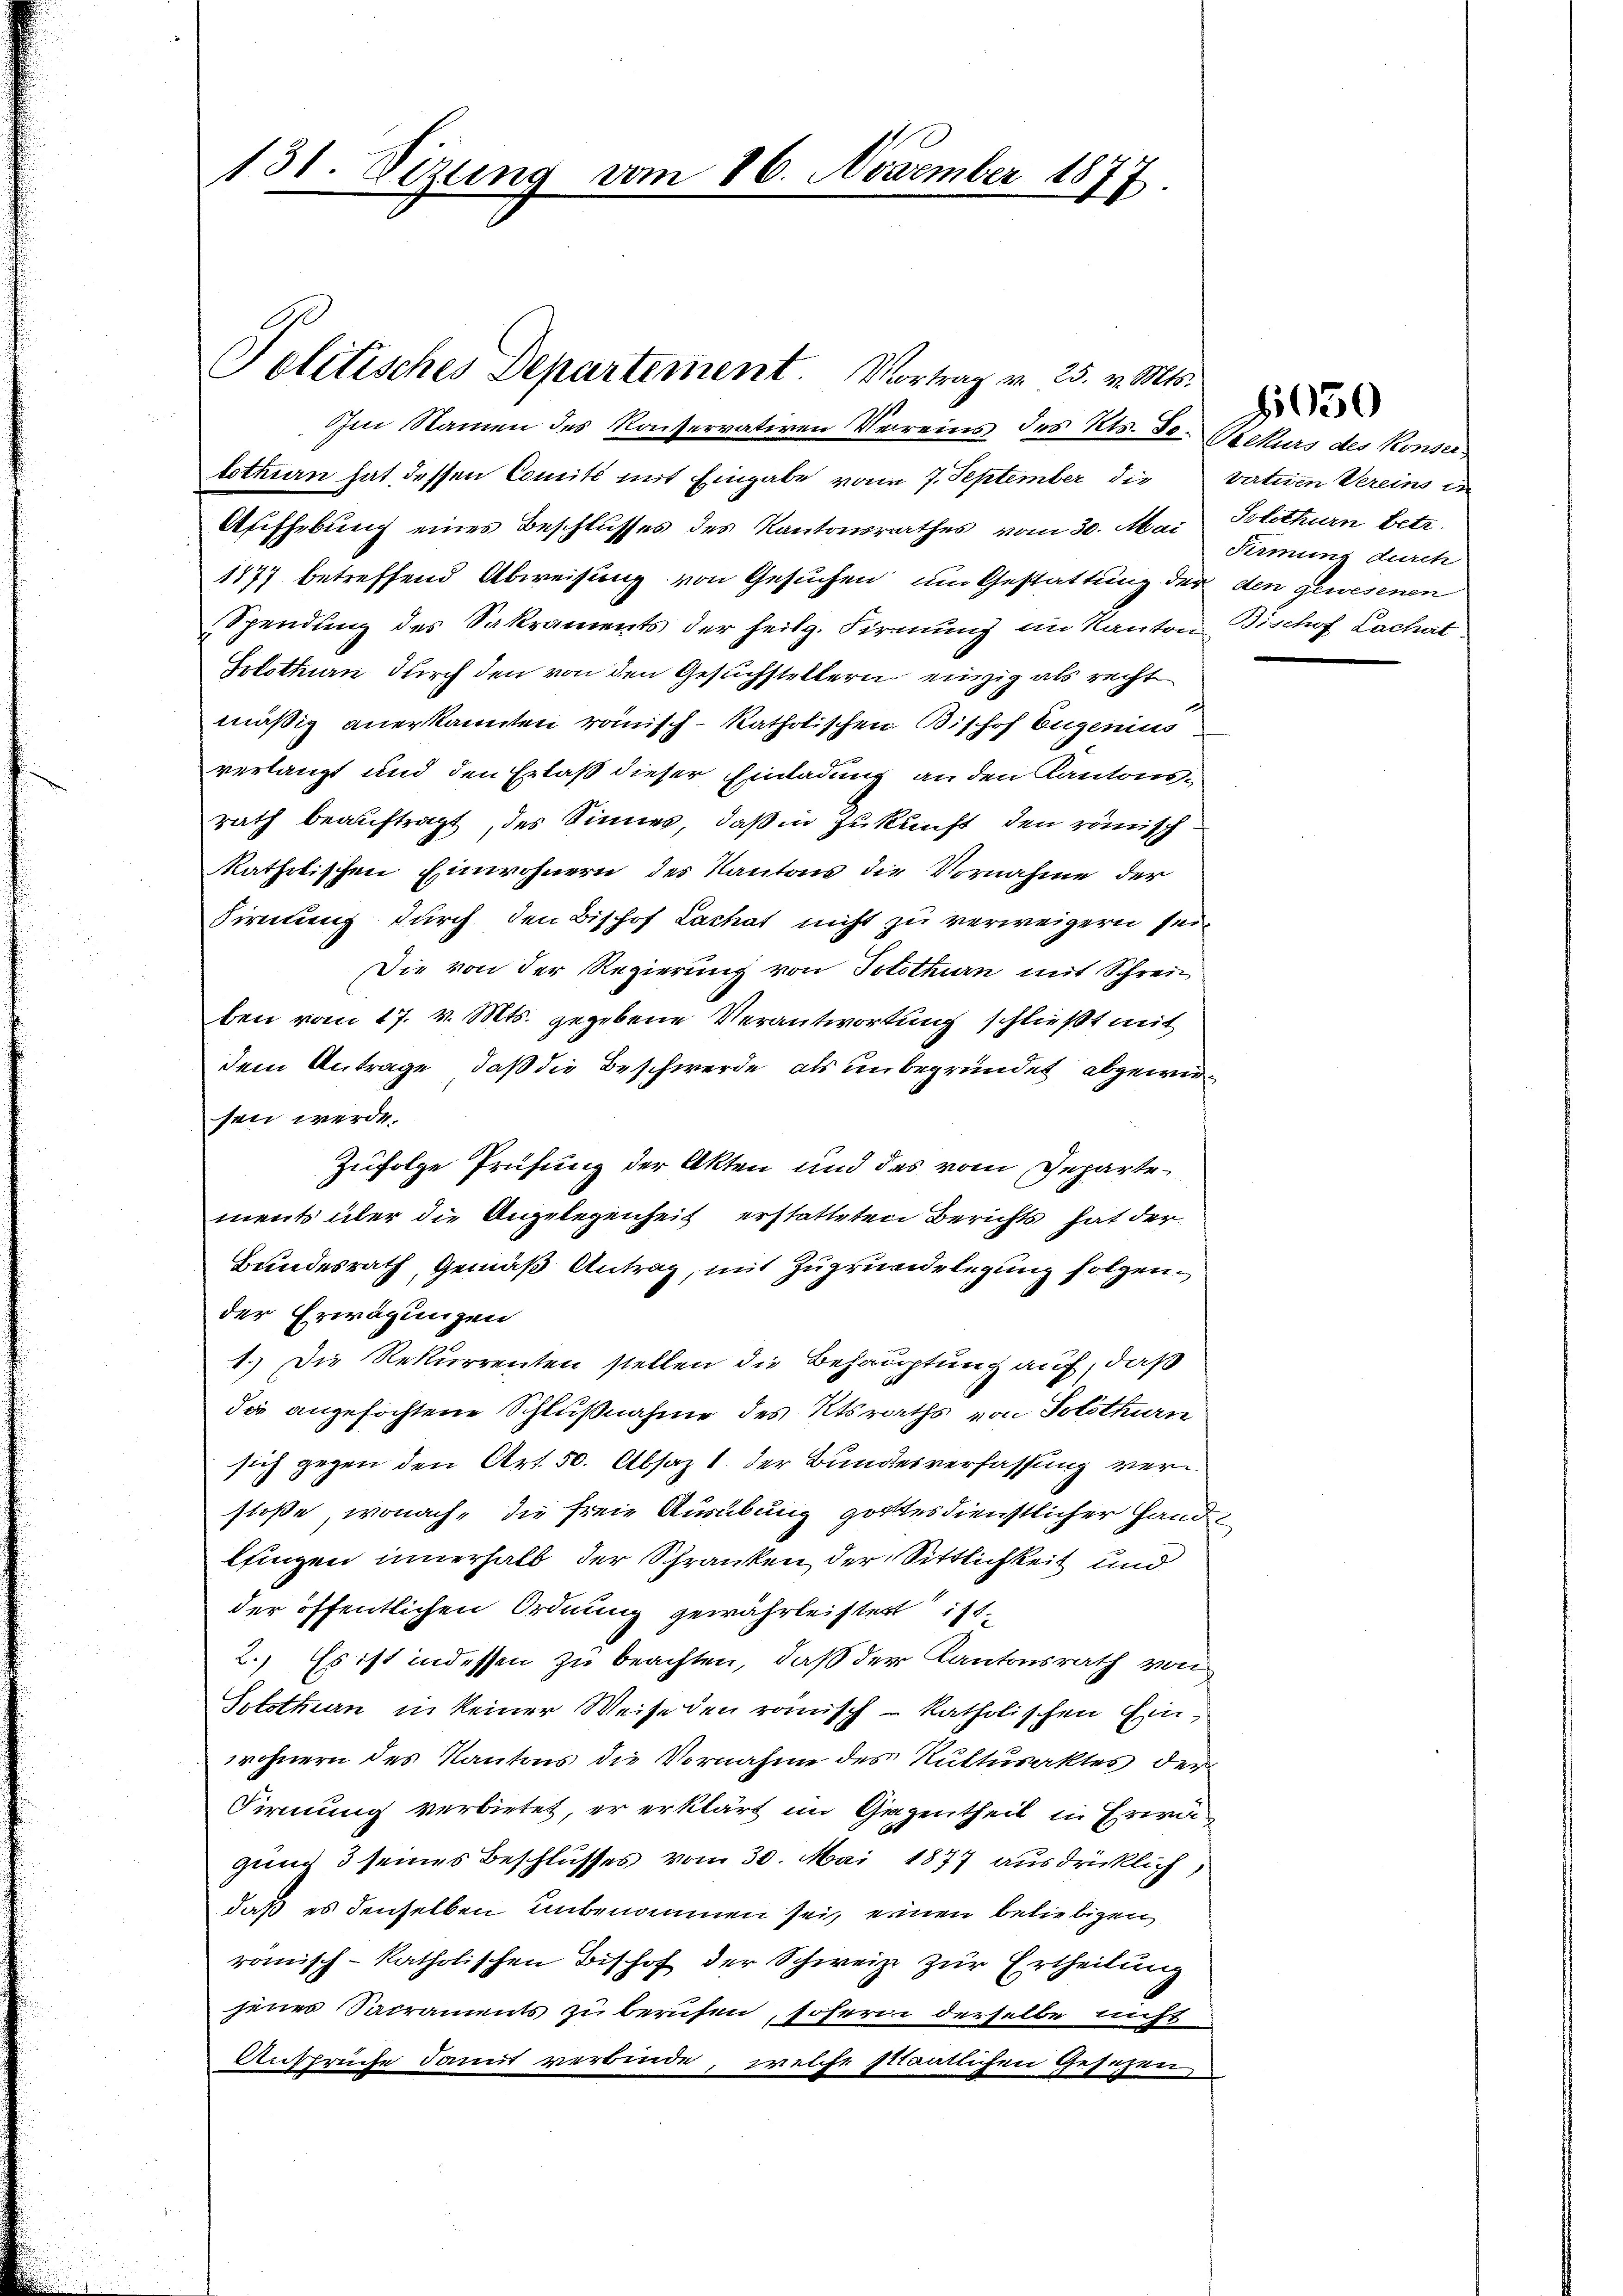
131. Sizung vom 26. November 1877.

Solitisches Departement. Vortrag v. 25. v. Mts.

Im Namen des Konservativen Vereins des Kts. de. Wirkurs des Konser
lothurn hat dessen Comité mit Eingabe von 7. September die vativen Vereins in
Aufhebung eines Beschlusses des Kantonsrathes vom 30. Mai Solothurn betr.
1877 betreffend Abweisung von Gesuchen um Gestattung der den gewesenen
Spendung des Sakraments der heilg. Firmung im Kanton Bischof Lachat
Solothen durch den von den Gesuchstellern einzig als recht
mäßig anerkannten römisch-katholischen Bishof Eugenius
verlangt und den Erlaß dieser Einladung an den Kantonsrath beauftragt, des Sinnes, daß in Zukunft den römisch
katholischen Einwohnern des Kantons die Vornahme der
Firnung durch den Bishof Lachat nicht zu verweigern sein
Die von der Regierung von Solothurn mit Schreiben vom 17. v. Mts. gegebene Verantwortung schließt mit
dem Antrage, daß die Beschwerde, als unbegründet abgewirsen werde.
Zufolge Prüfung der Akten und des vom Departements über die Angelegenheit erstatteten Berichts hat der
Bundesrath, Gemäß Antrag, mit Zugrundelegung folgen.
der Erwägungen
1.) Die Rekurrenten stellen die Behauptung auf, daß
die angefochtene Schlußnahme des Ktsraths von Solothurn
sich gegen den Art. 50. Absaz 1 der Bundesverfassung verstoße, wonach, die freie Ausübung gottesdienstlicher Hand
lfingen innerhalb der Schranken der Sittlichkeit und
der öffentlichen Ordnung gewährleistert ist.
2.) Es ist indessen zu beachten, daß der Kantonsrath von
Stothan in keiner Weise den römisch-katholischen Einwohnern des Kantons die Vornahme des Kulturaktes der
Firnung verbietet, er erklärt im Gegentheil in Erwi
gung 3 seines Beschlusses vom 30. Mai 1877 ausdrücklich,
daß es denselben unbenommen sei, einen beliebigen
römisch-katholischen Bishof der Schweize zur Ertheilung
jenes Sacraments zu berufen, soferne derselbe nicht
Ansprüche damit verbinde, welche staatlichen Gesezen

Fermung durch

50